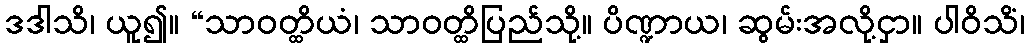
ဒဒါသိ၊ ယူ၍။ “သာဝတ္ထိယံ၊ သာဝတ္ထိပြည်သို့။ ပိဏ္ဍာယ၊ ဆွမ်းအလို့ငှာ။ ပါဝိသိံ၊